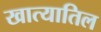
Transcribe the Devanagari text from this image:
खात्यातिल